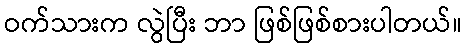
ဝက်သားက လွဲပြီး ဘာ ဖြစ်ဖြစ်စားပါတယ်။